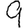
Digit: 9